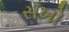
સખો